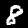
Digit: 8